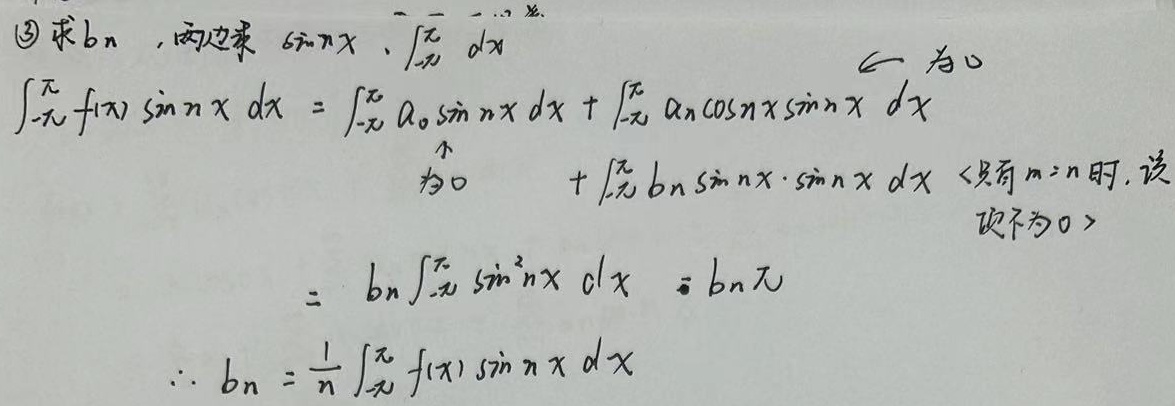
\textcircled{3} 求 \(b_{n}\)，两边乘 \(\sin nx\)、\(\int_{-\pi}^{\pi}dx\)
\(\int_{-\pi}^{\pi}f(x)\sin nx\ dx=\int_{-\pi}^{\pi}a_{0}\sin nx\ dx+\int_{-\pi}^{\pi}a_{n}\cos nx\sin nx\ dx\)
\(\uparrow\) 为 \(0\)
\(+\int_{-\pi}^{\pi}b_{n}\sin nx\cdot\sin nx\ dx\) （只有 \(m = n\)时，该项不为 \(0\)）
\(=b_{n}\int_{-\pi}^{\pi}\sin^{2}nx\ dx=b_{n}\pi\)
\(\therefore b_{n}=\frac{1}{\pi}\int_{-\pi}^{\pi}f(x)\sin nx\ dx\)